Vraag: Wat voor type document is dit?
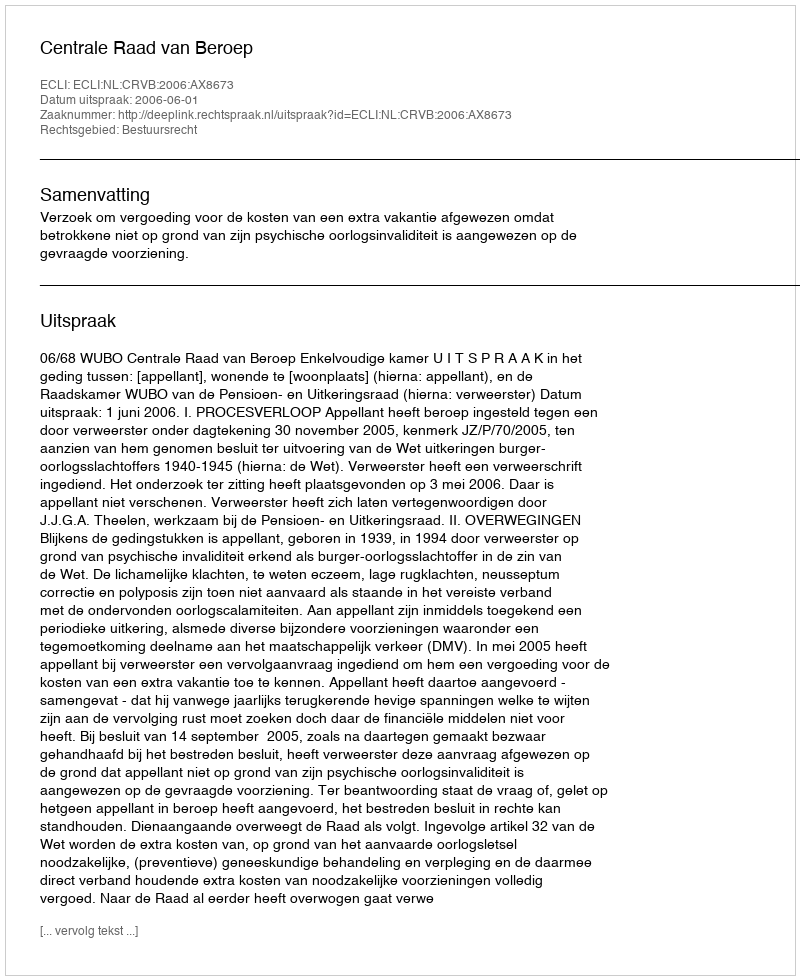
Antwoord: Uitspraak